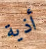
أذية